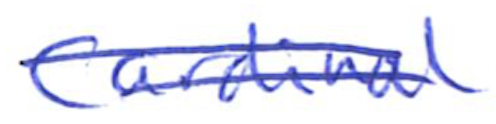
Text: Cardinal
Cross-out: mix
Writing tool: ballpoint